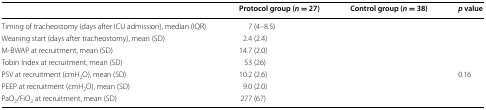
<table><thead><tr><td>[EMPTY_CELL]</td><td><b>Protocol group (<i>n</i> = 27)</b></td><td><b>Control group (<i>n</i> = 38)</b></td><td><b><i>p</i> value</b></td></tr></thead><tbody><tr><td>Timing of tracheostomy (days after ICU admission), median (IQR)</td><td>7 (4–8.5)</td><td>[EMPTY_CELL]</td><td>[EMPTY_CELL]</td></tr><tr><td>Weaning start (days after tracheostomy), mean (SD)</td><td>2.4 (2.4)</td><td>[EMPTY_CELL]</td><td>[EMPTY_CELL]</td></tr><tr><td>M-BWAP at recruitment, mean (SD)</td><td>14.7 (2.0)</td><td>[EMPTY_CELL]</td><td>[EMPTY_CELL]</td></tr><tr><td>Tobin Index at recruitment, mean (SD)</td><td>53 (26)</td><td>[EMPTY_CELL]</td><td>[EMPTY_CELL]</td></tr><tr><td>PSV at recruitment (cmH<sub>2</sub>O), mean (SD)</td><td>10.2 (2.6)</td><td>[EMPTY_CELL]</td><td>0.16</td></tr><tr><td>PEEP at recruitment (cmH<sub>2</sub>O), mean (SD)</td><td>9.0 (2.0)</td><td>[EMPTY_CELL]</td><td>[EMPTY_CELL]</td></tr><tr><td>PaO<sub>2</sub>/FiO<sub>2</sub> at recruitment, mean (SD)</td><td>277 (67)</td><td>[EMPTY_CELL]</td><td>[EMPTY_CELL]</td></tr></tbody></table>